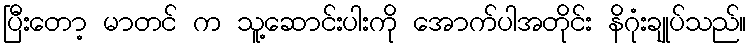
ပြီးတော့ မာတင် က သူ့ဆောင်းပါးကို အောက်ပါအတိုင်း နိဂုံးချုပ်သည်။